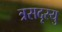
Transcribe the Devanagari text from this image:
त्रसदृस्यु